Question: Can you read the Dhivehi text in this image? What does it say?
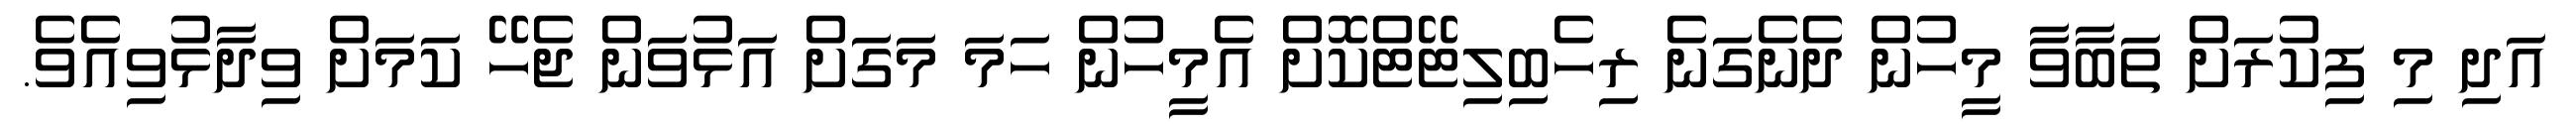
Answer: އަދި މި ފިކުރަށް ތަބާވާ މީހުން ދެނެގަނެ ރިހެބިލިޓޭޓްކޮށް އެމީހުން ހަމަ މަގަށް އަޅުވަން ޖެހޭ ކަމަށް ވިދާޅުވިއެވެ.